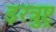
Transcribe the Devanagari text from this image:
इरत्रुष्ट्र